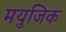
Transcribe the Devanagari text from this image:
मयुजिक